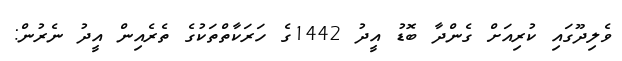
ވެލިދޫގައި ކުރިއަށް ގެންދާ ބޮޑު އީދު 1442ގެ ހަރަކާތްތަކުގެ ތެރެއިން އީދު ނެރުން: